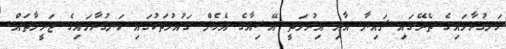
ހަނގުރާމައިގެ ތެރޭގައި ޗައިނާ އާއި އިރުމަތީ އޭޝިއާގެ އެހެން ގައުމުތަކުގައި ހަނގުރާމައިގެ ޖަރީމާތައް